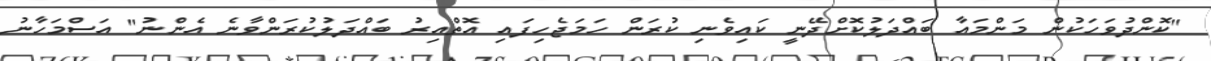
"ކޮންދުވަހަކުން މަންމައާ ބައްދަލުކޮށްދޭނީ ކައިވެނި ކުރަން ހަމަޖެހިފައި އޮތްއިރު ބައްދަލުކުރަންވާނެ އެންނު" އަސްމަހާނު